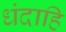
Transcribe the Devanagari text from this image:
धंदाहि